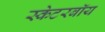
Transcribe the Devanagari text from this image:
स्केटरबॉय